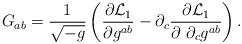
LaTeX: \begin{align*}G_{ab} =\frac{1}{\sqrt{-g}}\left (\frac{\partial {\cal L}_1 }{\partial g^{ab}} -\partial_c \frac{\partial {\cal L}_1 }{\partial~\partial_c g^{ab}}\right ).\end{align*}